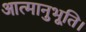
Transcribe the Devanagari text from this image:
आत्मानुभूति।